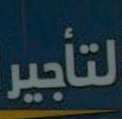
لتأجير